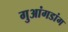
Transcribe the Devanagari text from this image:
गुआंगडांग